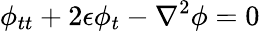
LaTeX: \phi_{tt}+2\epsilon\phi_{t}-\nabla^{2}\phi=0